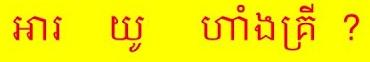
អារ   យូ    ហាំងគ្រី  ?